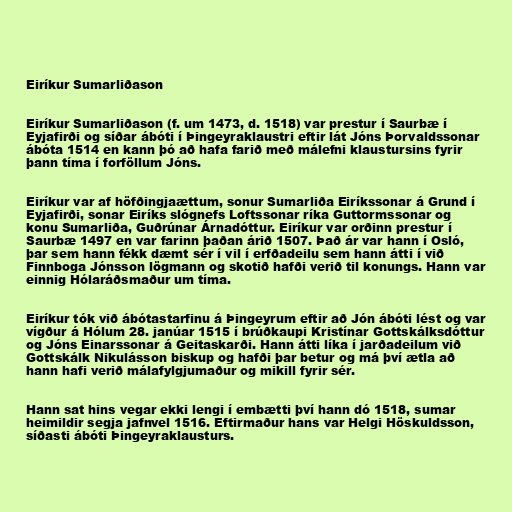
Eiríkur Sumarliðason

Eiríkur Sumarliðason (f. um 1473, d. 1518) var prestur í Saurbæ í
Eyjafirði og síðar ábóti í Þingeyraklaustri eftir lát Jóns Þorvaldssonar
ábóta 1514 en kann þó að hafa farið með málefni klaustursins fyrir
þann tíma í forföllum Jóns.

Eiríkur var af höfðingjaættum, sonur Sumarliða Eiríkssonar á Grund í
Eyjafirði, sonar Eiríks slógnefs Loftssonar ríka Guttormssonar og
konu Sumarliða, Guðrúnar Árnadóttur. Eiríkur var orðinn prestur í
Saurbæ 1497 en var farinn þaðan árið 1507. Það ár var hann í Osló,
þar sem hann fékk dæmt sér í vil í erfðadeilu sem hann átti í við
Finnboga Jónsson lögmann og skotið hafði verið til konungs. Hann var
einnig Hólaráðsmaður um tíma.

Eiríkur tók við ábótastarfinu á Þingeyrum eftir að Jón ábóti lést og var
vígður á Hólum 28. janúar 1515 í brúðkaupi Kristínar Gottskálksdóttur
og Jóns Einarssonar á Geitaskarði. Hann átti líka í jarðadeilum við
Gottskálk Nikulásson biskup og hafði þar betur og má því ætla að
hann hafi verið málafylgjumaður og mikill fyrir sér.

Hann sat hins vegar ekki lengi í embætti því hann dó 1518, sumar
heimildir segja jafnvel 1516. Eftirmaður hans var Helgi Höskuldsson,
síðasti ábóti Þingeyraklausturs.